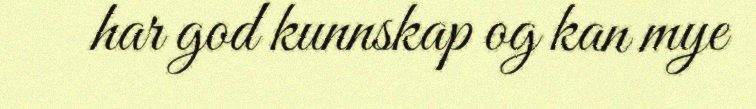
har god kunnskap og kan mye